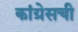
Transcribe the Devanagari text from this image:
कांग्रेसची